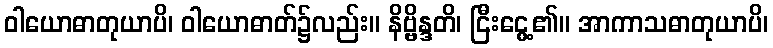
ဝါယောဓာတုယာပိ၊ ဝါယောဓာတ်၌လည်း။ နိဗ္ဗိန္ဒတိ၊ ငြီးငွေ့၏။ အာကာသဓာတုယာပိ၊